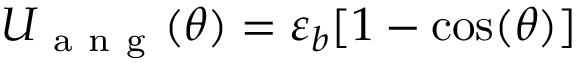
U _ { \mathrm { ~ a ~ n ~ g ~ } } ( \theta ) = \varepsilon _ { b } [ 1 - \cos ( \theta ) ]